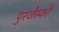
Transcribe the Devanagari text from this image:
पुरजैस्की